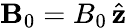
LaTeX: {\mathbf B}_{0}=B_{0}\, \hat{{\mathbf z}}